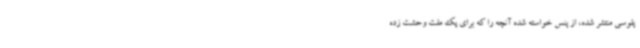
پلوسی منتشر شده، از پنس خواسته شده آنچه را که برای یک ملت وحشت زده